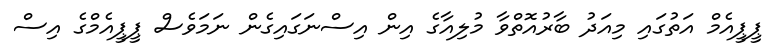
ޕީޕީއެމް އަތުގައި މިއަދު ބާރުއޮތްވާ މުލިއާގެ އިން އިސްނަަގައިގެން ނަމަވެސް ޕީޕީއެމްގެ އިސް